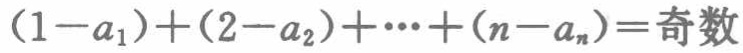
\((1 - a_1)+(2 - a_2)+\cdots+(n - a_n)=\text{奇数}\)